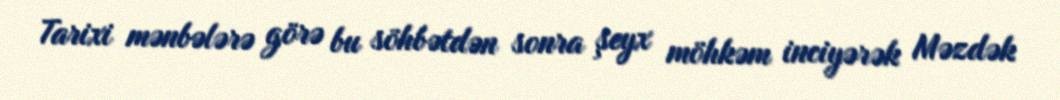
Tarixi mənbələrə görə bu söhbətdən sonra şeyx möhkəm inciyərək Məzdək